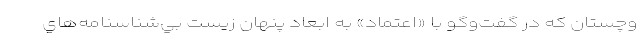
وچستان كه در گفت‌وگو با «اعتماد» به ابعاد پنهان زيست بي‌شناسنامه‌هاي